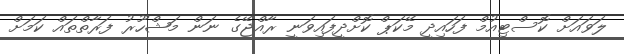
ލަވައަށް ކޮސްޓިއުމް ފަހައިދީ މޭކަޕް ކޮށްދީފައިވަނީ ރާއްޖޭގެ ނަން މަޝްހޫރު ފަރާތްތައް ކަމަށް